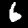
Digit: 6